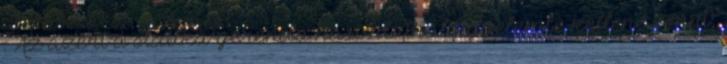
: Az azért a szálka-gerenda hasonlatnál figyelembe kellene venni,